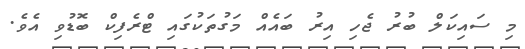
މި ސައިކަލް ބުރު ޖެހި އިރު ބައެއް މަގުތަކުގައި ޓްރެފިކް ބޮޑުވި އެވެ.